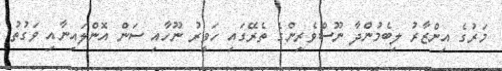
މަރުގެ އިންޒާރު ލިބެމުންދާ ނޫސްވެރިންގެ ތެރޭގައި ހަވީރު ނޫހާއި ސަން އޮންލައިނާއި ވަގުތު